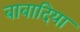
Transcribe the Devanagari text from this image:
बाबादिया